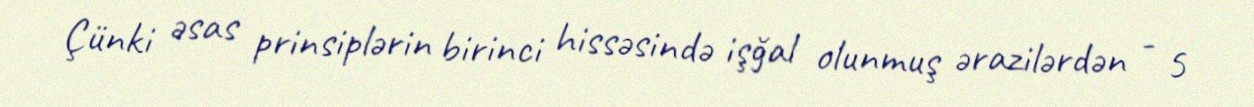
Çünki əsas prinsiplərin birinci hissəsində işğal olunmuş ərazilərdən - 5